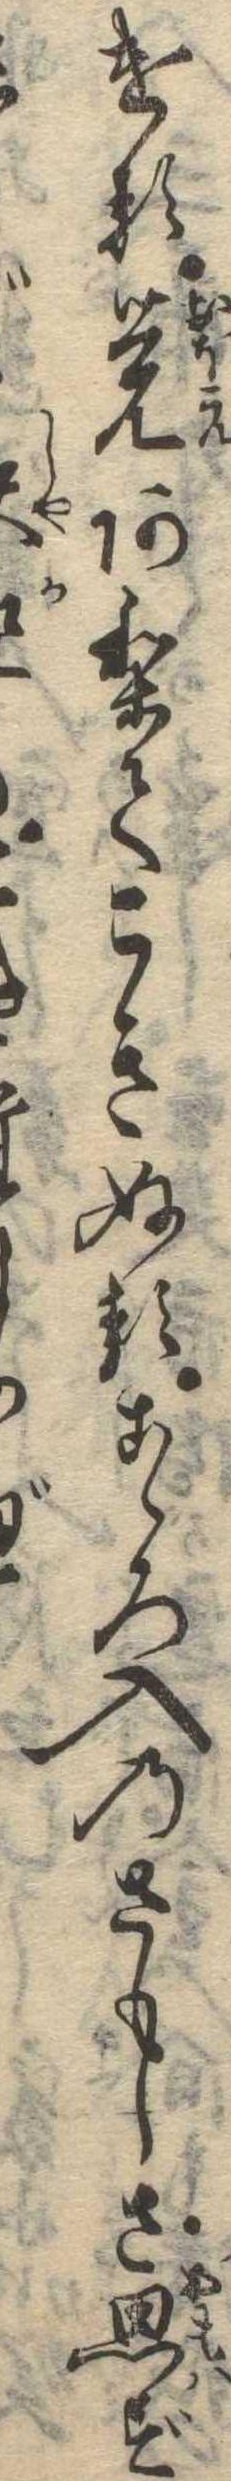
ける覚ありてこきぬるこゝろ入のさもしさ思ず